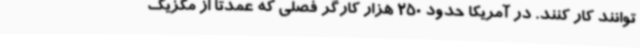
توانند کار کنند. در آمریکا حدود 250 هزار کارگر فصلی که عمدتا از مکزیک